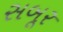
સબૂર